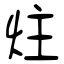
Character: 炷